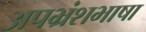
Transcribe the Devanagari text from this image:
अपभ्रंशभाषा